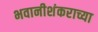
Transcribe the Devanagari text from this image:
भवानीशंकराच्या